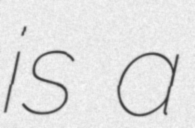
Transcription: is a